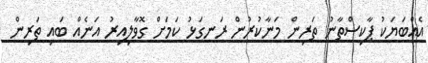
އެއްބަޔަކު ޕާކިސްތާނު ތަރިން މަނާކުރުން ރަނގަޅު ކަމަށް ގޮވާލިއިރު އަނެއް ބައި ތަރިން